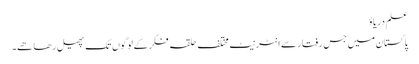
علم دریاؤ
پاکستان میں جس رفتار سے انٹرنیٹ مختلف حلقہ فکر کے لوگوں تک پھیل رھا ھے۔